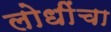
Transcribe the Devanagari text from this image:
लोधींचा